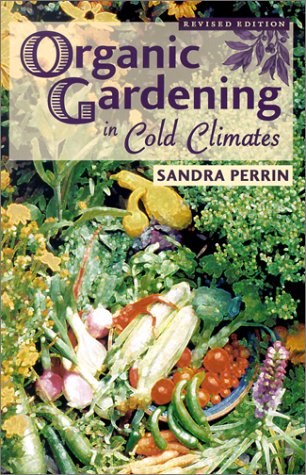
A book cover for Organic Gardening in Cold Climates; Sandra Perrin; Crafts, Hobbies & Home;